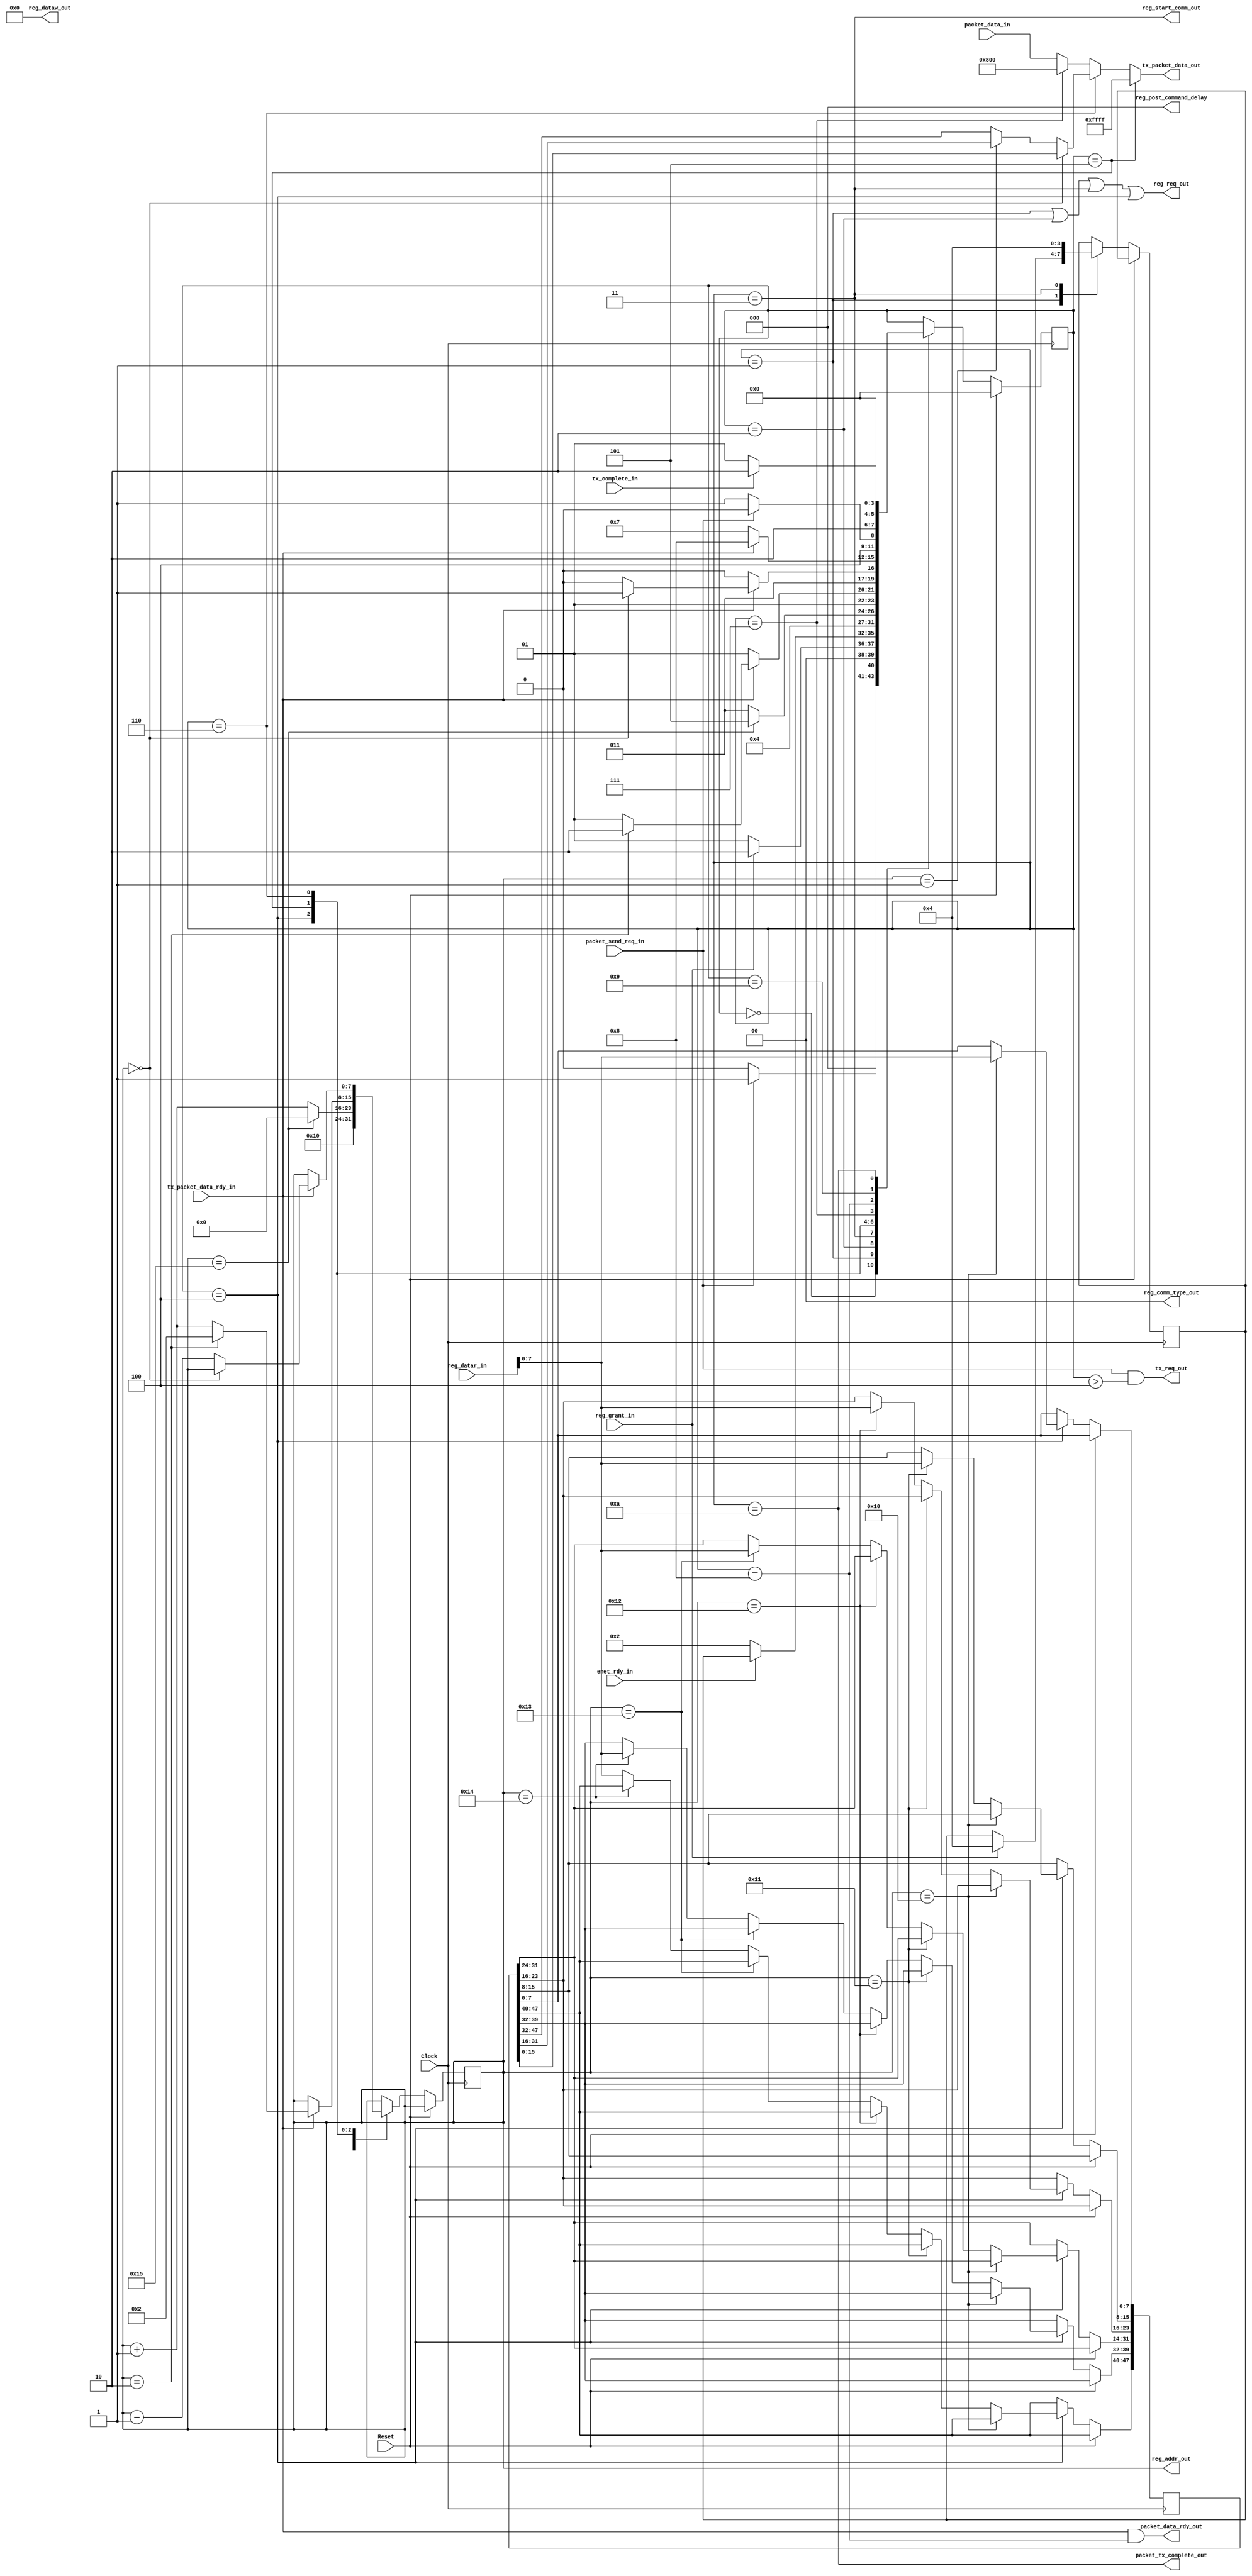
module SendEthernetPacket (
	input Clock,
	input Reset,
	
	/* Interface ports for user */
	input [15:0] packet_data_in,
	input        packet_send_req_in,
	output 		 packet_data_rdy_out,
	output		 packet_tx_complete_out,
	
	/* Use reg interface to read MAC addr */
	input enet_rdy_in,
	input reg_grant_in,
	input [15:0] reg_datar_in,
	output reg_req_out, 
	output reg_start_comm_out,
	output [7:0] reg_addr_out,
	output [15:0] reg_dataw_out,
	output [1:0] reg_comm_type_out,
	output [2:0] reg_post_command_delay,
		
	/* Use TX interface to actually transmit ethernet packet */
	input tx_packet_data_rdy_in,
	output [15:0] tx_packet_data_out,
	output tx_req_out,
	input tx_complete_in
);

assign reg_req_out = (state == wait_for_reg_grant || state == wait_for_enet_rdy || 
								state == issue_mac_addr_read || state == read_mac_addr);
assign reg_start_comm_out 		= state == issue_mac_addr_read;
assign reg_addr_out 				= mac_reg;
assign reg_dataw_out 			= 16'b0;
assign reg_comm_type_out 		= COMMAND_READ;
assign reg_post_command_delay = NO_DELAY;

assign tx_packet_data_out 	= (state == write_dest_mac) ? 16'hFFFF :
									  (state == write_src_mac)  ? (mac_reg == 8'd0) ? src_mac[15:0] : (mac_reg == 8'd1 ? src_mac[31:16] : src_mac[47:32]) :
									  (state == write_protocol_type) ? ETH_TYPE :
									  packet_data_in;
assign tx_req_out 			= packet_send_req_in && (state > read_mac_addr);

assign packet_data_rdy_out = (tx_packet_data_rdy_in && (state == tx_packet));
assign packet_tx_complete_out = (state == tx_complete);

parameter DEST_MAC = 48'hFFFFFFFFFFFF, ETH_TYPE = 16'h0800;
parameter COMMAND_READ = 2'd0, COMMAND_WRITE = 2'd1, COMMAND_TX = 2'd2, COMMAND_RX = 2'd3;
parameter NO_DELAY = 3'd0, STD_DELAY = 3'd1, LONG_DELAY = 3'd2;

parameter waiting=4'd0, wait_for_reg_grant=4'd1, wait_for_enet_rdy=4'd2,
				issue_mac_addr_read=4'd3, read_mac_addr=4'd4, write_dest_mac=4'd5, 
				write_src_mac=4'd6, write_protocol_type=4'd7, tx_packet=4'd8, 
				wait_for_tx_complete=4'd9, tx_complete=4'd10;
reg [3:0]  state;
reg [3:0]  state_after_wait;

/* src mac read from dm9000a registers */
reg [47:0] src_mac;

/* which reg to read byte from, also used to copy mac addr to tx buffer */
reg [7:0]  mac_reg; 

always@(posedge Clock) begin
	if (Reset) begin
		state <= waiting;
	end
	else begin
		case (state)
		waiting: begin
			mac_reg <= 8'h10;
			if (packet_send_req_in) begin
				state <= wait_for_reg_grant;
			end
			else begin
				state <= waiting;
			end
		end
		
		wait_for_reg_grant: begin
			if (reg_grant_in) begin
				state <= wait_for_enet_rdy;
				state_after_wait <= read_mac_addr;
			end
			else begin
				state <= wait_for_reg_grant;
			end
		end
		
		wait_for_enet_rdy: begin
			if (enet_rdy_in) begin
				state <= state_after_wait;
			end
			else begin
				state <= wait_for_enet_rdy;
			end
		end
		
		/* Read in mac addr from reg's x10 to x15 */
		issue_mac_addr_read: begin
			state <= wait_for_enet_rdy;
			state_after_wait <= read_mac_addr;
		end
		
		/* copy in mac addr to local reg */
		read_mac_addr: begin
			if (mac_reg == 8'h10)
				src_mac[7:0] <= reg_datar_in[7:0];
			else if (mac_reg == 8'h11)
				src_mac[15:8] <= reg_datar_in[7:0];
			else if (mac_reg == 8'h12)
				src_mac[23:16] <= reg_datar_in[7:0];
			else if (mac_reg == 8'h13)
				src_mac[31:24] <= reg_datar_in[7:0];
			else if (mac_reg == 8'h14)
				src_mac[39:32] <= reg_datar_in[7:0];
			else
				src_mac[47:40] <= reg_datar_in[7:0];
			
			if (mac_reg == 8'h15) begin
				state <= write_dest_mac;
				mac_reg <= 8'd0;
			end
			else begin
				state <= issue_mac_addr_read;
				mac_reg <= mac_reg + 8'd1;
			end
		end
		
		/* Write destination mac to tx buffer */
		write_dest_mac: begin
			if (tx_packet_data_rdy_in) begin
				if (mac_reg == 8'd2) begin
					state <= write_src_mac;
					mac_reg <= 8'd2;
				end
				else begin
					mac_reg <= mac_reg + 8'd1;
					state <= write_dest_mac;
				end
			end
			else
				state <= write_dest_mac;
		end
		
		/* Stay here until src mac has been written */
		write_src_mac: begin
			if (tx_packet_data_rdy_in) begin
				if (mac_reg == 8'd0) begin
					state <= write_protocol_type;
				end
				else begin
					mac_reg <= mac_reg - 8'd1;
					state <= write_src_mac;
				end
			end
			else
				state <= write_src_mac;
		end
		
		/* write 2 byte ethernet protocol type */
		write_protocol_type: begin
			if (tx_packet_data_rdy_in) begin
				state <= tx_packet;
			end
			else begin
				state <= write_protocol_type;
			end
		end
		
		/* Stay here until user ends request */
		tx_packet: begin
			if (!packet_send_req_in) begin
				state <= wait_for_tx_complete;
			end
			else begin
				state <= tx_packet;
			end
		end
		
		wait_for_tx_complete: begin
			if (tx_complete_in) begin
				state <= tx_complete;
			end
			else begin
				state <= wait_for_tx_complete;
			end
		end
		
		tx_complete: begin
			state <= waiting;
		end
		endcase
	end
end
endmodule